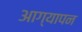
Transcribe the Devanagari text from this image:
आग्यापन